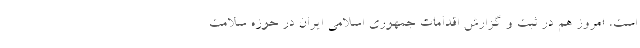
است، امروز هم در ثبت و گزارش اقدامات جمهوری اسلامی ایران در حوزه سلامت